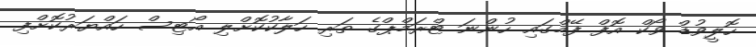
ހޮލީވުޑް ވޯކް އޮފް ފޭމްގައި ހުންނަ ޓްރަމްޕްގެ ތަރި ހަލާކުކޮށްލި އޯޓިސް ހައްޔަރުކޮށްފި